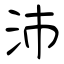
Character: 沛